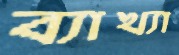
ব্যাখ্যা